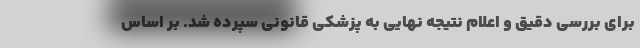
برای بررسی دقیق و اعلام نتیجه نهایی به پزشکی قانونی سپرده شد. بر اساس